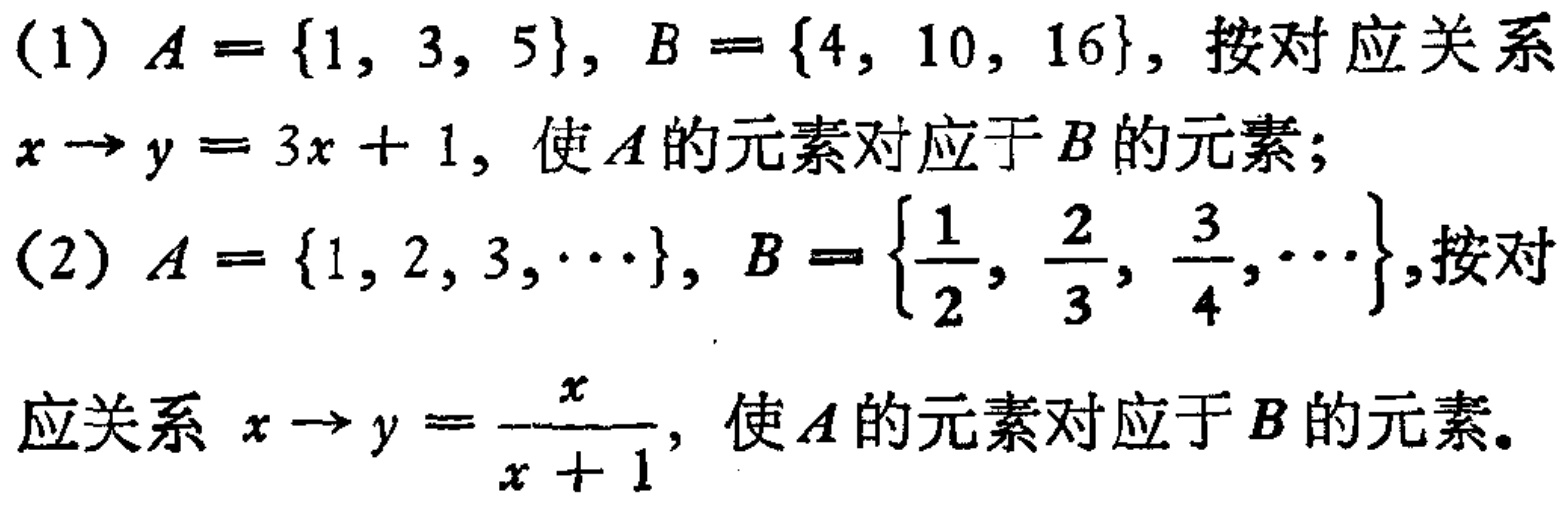
(1) \(A = \{1, 3, 5\}, B = \{4, 10, 16\}\), 按对应关系 \(x\rightarrow y = 3x + 1\), 使 \(A\) 的元素对应于 \(B\) 的元素;

(2) \(A = \{1, 2, 3, \cdots\}, B = \left\{\frac{1}{2}, \frac{2}{3}, \frac{3}{4}, \cdots\right\}\),按对应关系 \(x\rightarrow y=\frac{x}{x + 1}\), 使 \(A\) 的元素对应于 \(B\) 的元素。